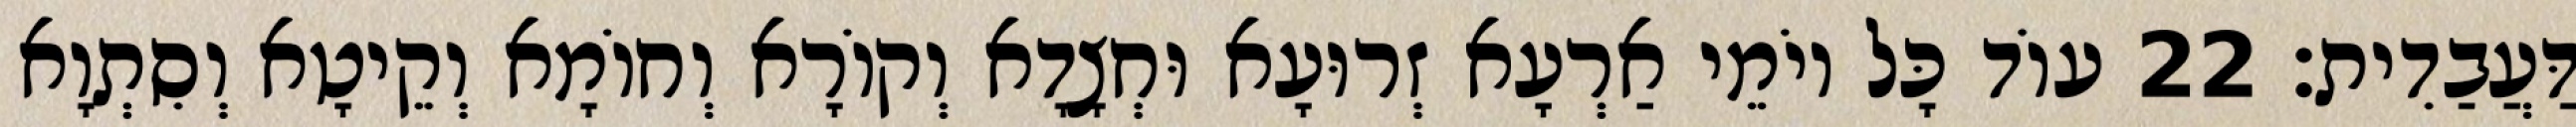
דַּעֲבַדִית׃ 22 עוֹד כָּל יוֹמֵי אַרְעָא זְרוּעָא וּחְצָדָא וְקוֹרָא וְחוֹמָא וְקֵיטָא וְסִתְוָא